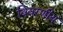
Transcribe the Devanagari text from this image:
विवरणीय